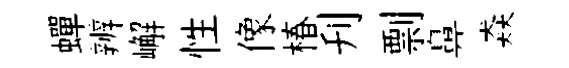
蟬辨嶰性像椿刋剽鼻猋